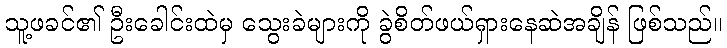
သူ့ဖခင်၏ ဦးခေါင်းထဲမှ သွေးခဲများကို ခွဲစိတ်ဖယ်ရှားနေဆဲအချိန် ဖြစ်သည်။